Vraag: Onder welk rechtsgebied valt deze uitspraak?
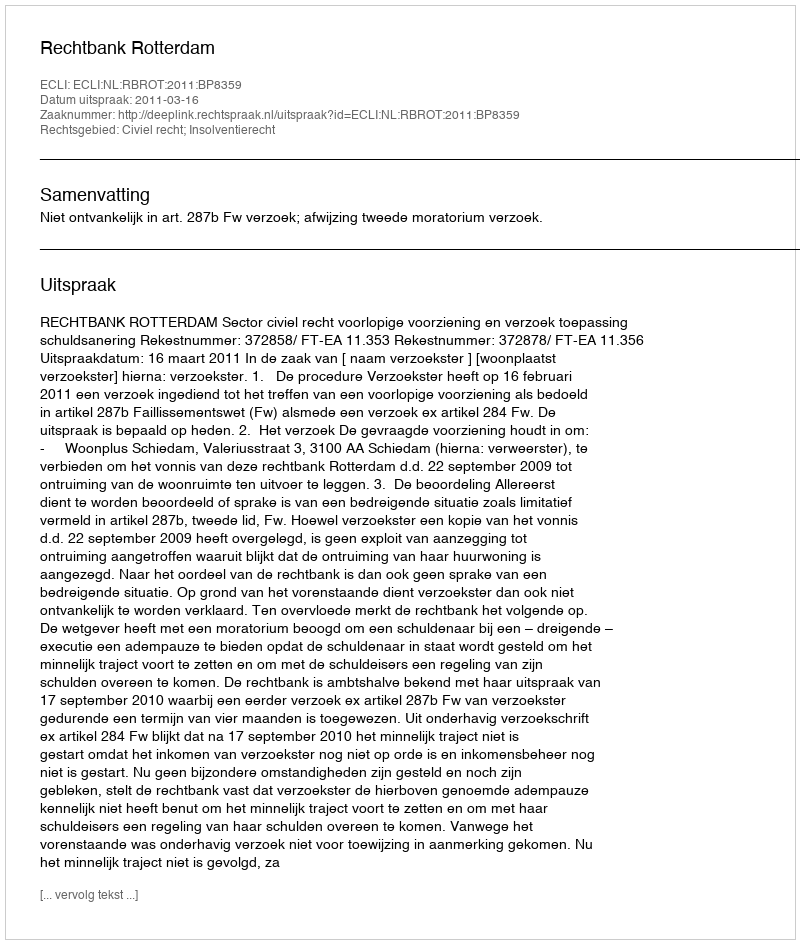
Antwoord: Civiel recht; Insolventierecht